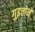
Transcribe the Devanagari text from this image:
गुइत्तोने